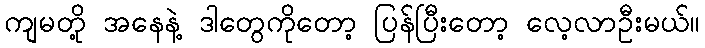
ကျမတို့ အနေနဲ့ ဒါတွေကိုတော့ ပြန်ပြီးတော့ လေ့လာဦးမယ်။